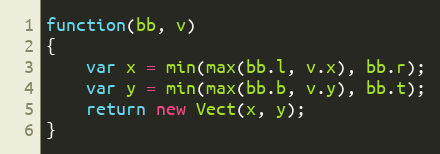
Language: JavaScript
function(bb, v)
{
    var x = min(max(bb.l, v.x), bb.r);
    var y = min(max(bb.b, v.y), bb.t);
    return new Vect(x, y);
}